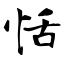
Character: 恬